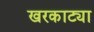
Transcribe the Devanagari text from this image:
खरकाट्या